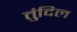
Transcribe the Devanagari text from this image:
तुंदिल